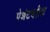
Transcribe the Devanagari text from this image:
पेशंटवरील